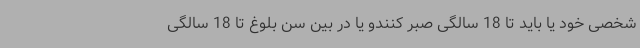
شخصی خود یا باید تا 18 سالگی صبر کنندو یا در بین سن بلوغ تا 18 سالگی